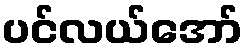
ပင်လယ်အော်